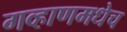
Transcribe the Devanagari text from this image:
गव्हाणमधेच